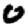
Digit: 0